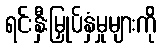
ရင်းနှီးမြှုပ်နှံမှုများကို